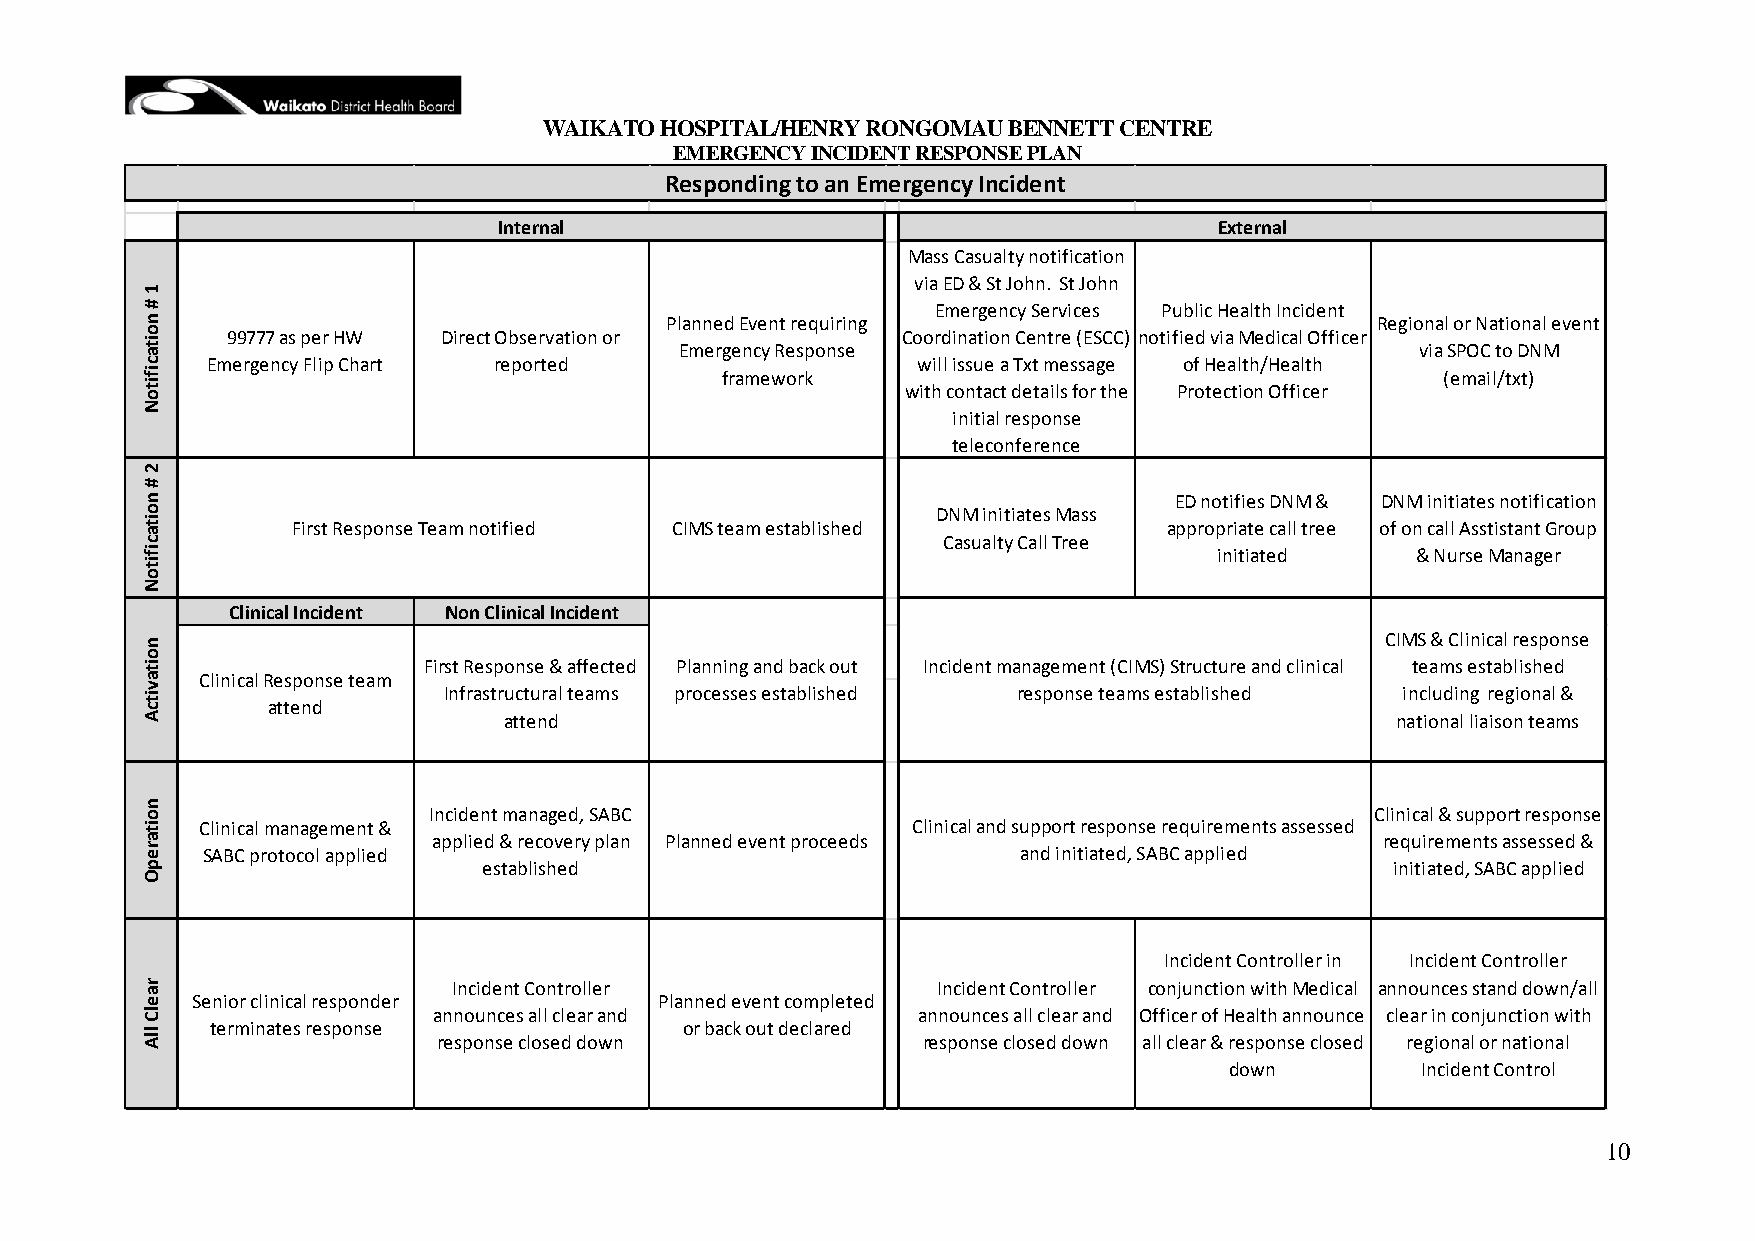
WAIKATO HOSPITAL/HENRY RONGOMAU BENNETT CENTRE
 EMERGENCY INCIDENT RESPONSE PLAN
 Responding to an Emergency Incident
 Internal                                        External
 Mass Casualty notification
 1
 via ED & St John. St John
 #                                                    Emergency Services Public Health Incident
 n                                  Planned Event requiring                        Regional or National event
 o     99777 as per HW Direct Observation or        Coordination Centre (ESCC) notified via Medical Officer
 it
 a                                   Emergency Response                               via SPOC to DNM
 c    Emergency Flip Chart reported                  will issue a Txt message of Health/Health
 if                                     framework                                      (email/txt)
 it o                                               with contact details for the Protection Officer
 N
 initial response
 teleconference
 2
 #
 n                                                                    ED notifies DNM & DNM initiates notification
 o                                                    DNM initiates Mass
 it a      First Response Team notified CIMS team established        appropriate call tree of on call Asstistant Group
 c                                                    Casualty Call Tree
 if                                                                      initiated    & Nurse Manager
 it
 o
 N
 Clinical Incident Non Clinical Incident
 n                                                                                  CIMS & Clinical response
 o
 it                 First Response & affected Planning and back out Incident management (CIMS) Structure and clinical teams established
 a   Clinical Response team
 v it
 c        attend
 Infrastructural teams processes established response teams established including regional &
 A                       attend                                                     national liaison teams
 n
 o                  Incident managed, SABC                                         Clinical & support response
 it  Clinical management &                          Clinical and support response requirements assessed
 a                   applied & recovery plan Planned event proceeds                 requirements assessed &
 r e SABC protocol applied                                  and initiated, SABC applied
 p                      established                                                 initiated, SABC applied
 O
 Incident Controller in Incident Controller
 r a                  Incident Controller             Incident Controller conjunction with Medical announces stand down/all
 e   Senior clinical responder      Planned event completed
 lC                  announces all clear and         announces all clear and Officer of Health announce clear in conjunction with
 llA  terminates response
 response closed down
 or back out declared
 response closed down all clear & response closed regional or national
 down         Incident Control
 10